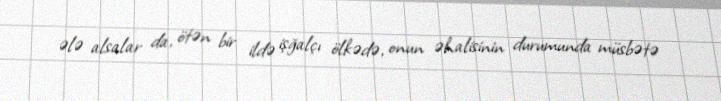
ələ alsalar da, ötən bir ildə işğalçı ölkədə, onun əhalisinin durumunda müsbətə